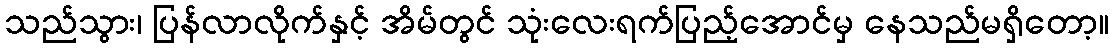
သည်သွား၊ ပြန်လာလိုက်နှင့် အိမ်တွင် သုံးလေးရက်ပြည့်အောင်မှ နေသည်မရှိတော့။